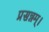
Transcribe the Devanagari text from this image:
प्रसन्नम्‌।